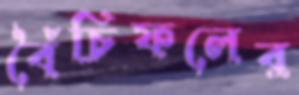
বৈঁচিফলের